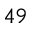
^ { 4 9 }